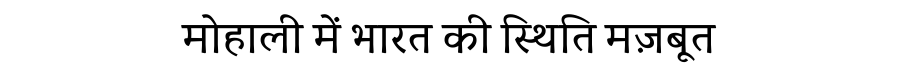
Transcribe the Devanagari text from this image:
मोहाली में भारत की स्थिति मज़बूत